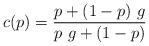
LaTeX: \begin{align*}c(p) = {p + ( 1 - p ) \ g \over p \ g + ( 1 -p) }\end{align*}